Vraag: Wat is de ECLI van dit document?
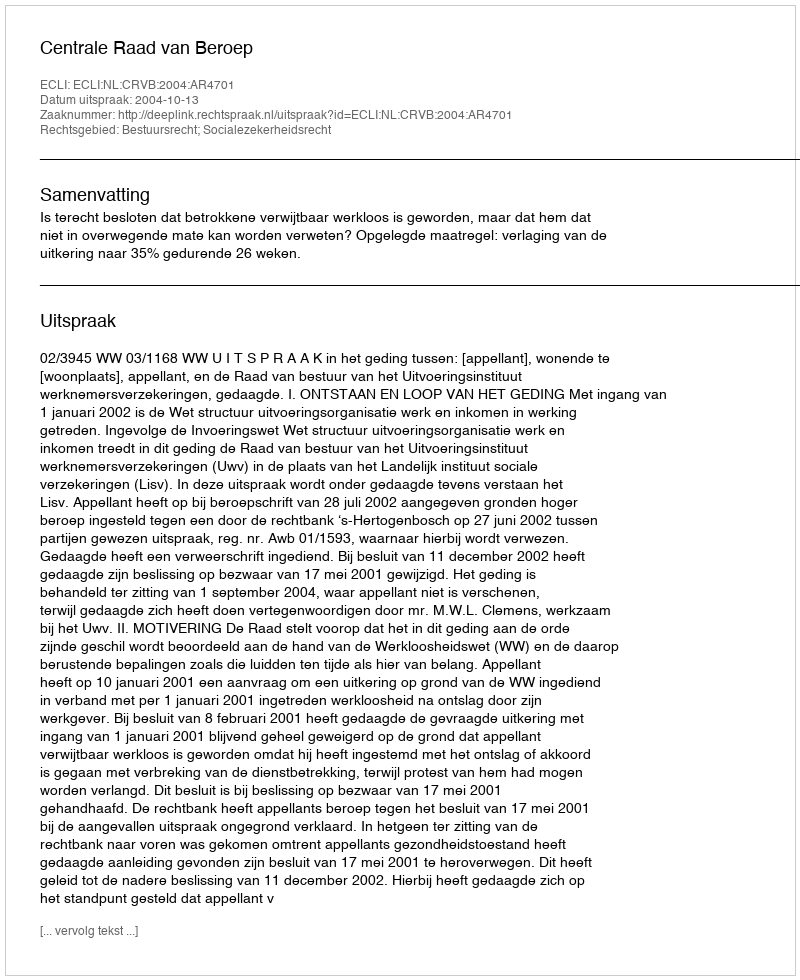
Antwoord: ECLI:NL:CRVB:2004:AR4701